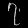
Digit: ၇